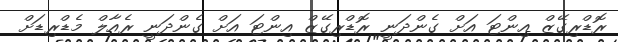
ރޮޑްރިގޭޒް އިންޓަ އަށް ގެންދަނީ ރޮޑްރިގޭޒް އިންޓަ އަށް ގެންދަނީ ރެއާލް މެޑްރިޑަށް